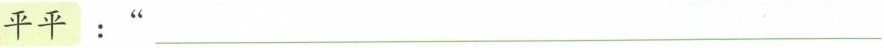
平平：“___